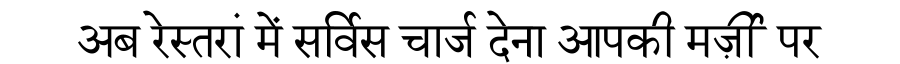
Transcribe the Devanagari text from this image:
अब रेस्तरां में सर्विस चार्ज देना आपकी मर्ज़ी पर